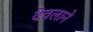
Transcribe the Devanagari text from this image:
देवलाने